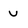
Character: v